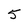
Character: 5